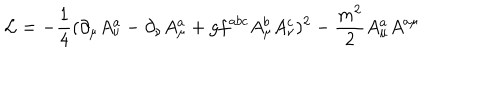
{ \cal L } = - \frac { 1 } { 4 } ( \partial _ { \mu } A _ { \nu } ^ { a } - \partial _ { \nu } A _ { \mu } ^ { a } + g f ^ { a b c } A _ { \mu } ^ { b } A _ { \nu } ^ { c } ) ^ { 2 } - \frac { m ^ { 2 } } { 2 } A _ { \mu } ^ { a } A ^ { a \mu }